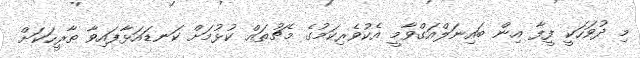
މި ދުވަހަކީ ފީފާ އިން ބައިނަލްއަގްވާމީ އެކުވެރިކަމުގެ މެޗުތައް ކުޅުމަށް ކަނޑައަޅާފައިވާ ތާރީހަކަށް